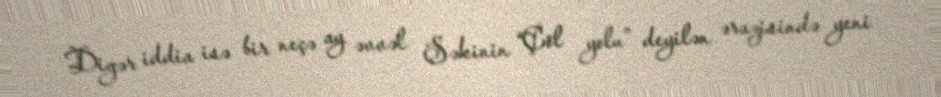
Digər iddia isə bir neçə ay əvvəl Şəkinin “Çöl yolu” deyilən ərazisində yeni